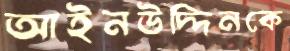
আইনউদ্দিনকে